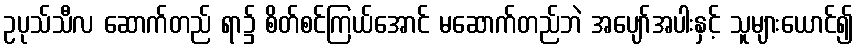
ဥပုသ်သီလ ဆောက်တည် ရာ၌ စိတ်စင်ကြယ်အောင် မဆောက်တည်ဘဲ အပျော်အပါးနှင့် သူများယောင်၍